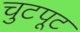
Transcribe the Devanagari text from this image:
चुटपूट